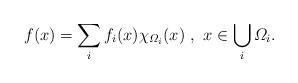
LaTeX: \begin{align*}f(x)=\sum\limits_{i} f_i(x)\chi_{\varOmega_i}(x)\ ,\ x\in \bigcup\limits_{i}\varOmega_i . \end{align*}